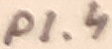
Text: P1.4